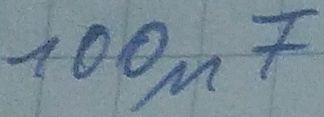
Text: 100µF